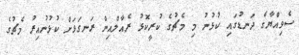
ސެވިއްޔާގެ ދަނޑުގައި ކުޅުނު މި މެޗުގެ ކުރީކޮޅު ރެއާލްއިން ރަނގަޅަށް ކުޅުނުއިރު މެޗުގެ